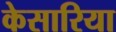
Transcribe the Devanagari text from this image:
केसारिया